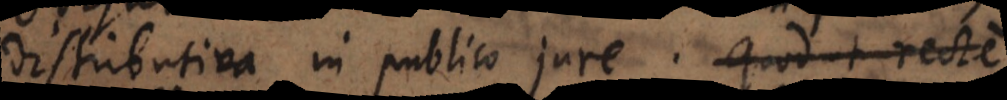
distributiva in publico jure. Quod ut recte